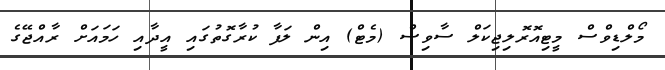
މޯލްޑިވްސް މީޓިއޮރޮލިޖިކަލް ސާވިސް (މެޓް) އިން ލަފާ ކުރާގޮތުގައި އީދާއި ހަމައަށް ރާއްޖޭގެ